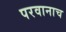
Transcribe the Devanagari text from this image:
परवानाच